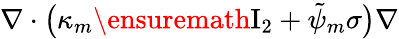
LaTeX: \nabla\cdot\bigl(\kappa_{m}\ensuremath{\mathrm{I}_{2}}+\tilde{\psi}_{m}\sigma\bigr)\nabla